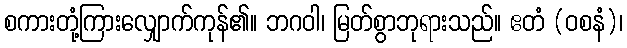
စကားတုံ့ကြားလျှောက်ကုန်၏။ ဘဂဝါ၊ မြတ်စွာဘုရားသည်။ ဧတံ (ဝစနံ)၊